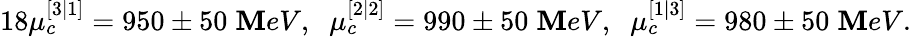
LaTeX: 18\mu_{c}^{[3|1]}=950\pm50\; \mathbf{M}eV,\; \; \mu_{c}^{[2|2]}=990\pm50\; \mathbf{M}eV,\; \; \mu_{c}^{[1|3]}=980\pm50\; \mathbf{M}eV.